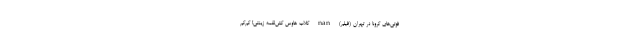
فوتی‌های کرونا در تهران (فیلم) nan کلاب هاوس کِش‌ْلقمه زینتی! کم‌کم